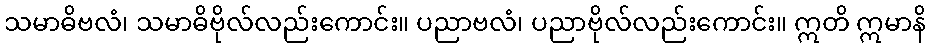
သမာဓိဗလံ၊ သမာဓိဗိုလ်လည်းကောင်း။ ပညာဗလံ၊ ပညာဗိုလ်လည်းကောင်း။ ဣတိ ဣမာနိ